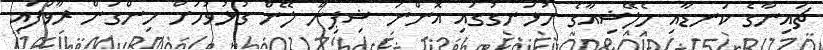
ޗައިނާގެ ކަނޑާއި މެލޭޝިއާގެ ހުޅަނގުގައި އޮންނަ ޝިޕިން ލޭން ގުޅުވުމަށް ހިންގަން ރާވަފައި